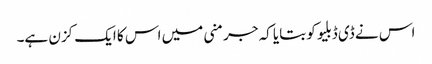
اس نے ڈی ڈبلیو کو بتایا کہ جرمنی میں اس کا ایک کزن ہے۔